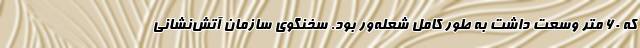
که ۶۰ متر وسعت داشت به طور کامل شعله‌ور بود. سخنگوی سازمان آتش‌نشانی